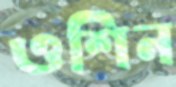
ওশিন